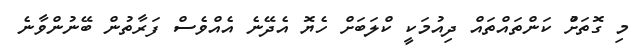
މި ގޮތަށްު ކަންތައްތައް ދިއުމަކީ ކްލަބަށް ހެޔޮ އެދޭނެ އެއްވެސް ފަރާތުން ބޭނުންވާނެ